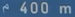
^400\mathrm{~m